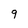
Character: 9